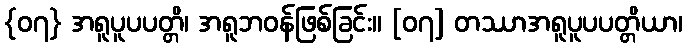
{၀၇} အရူပူပပတ္တိ၊ အရူဘဝန်ဖြစ်ခြင်း။ [၀၇] တဿာအရူပူပပတ္တိယာ၊